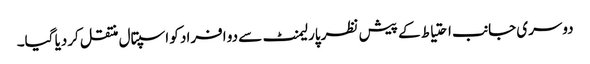
دوسری جانب احتیاط کے پیش نظر پارلیمنٹ سے دو افراد کو اسپتال منتقل کردیا گیا۔